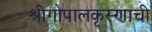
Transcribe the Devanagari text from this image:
श्रीगोपालकृस्णाची